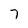
Character: 7